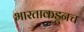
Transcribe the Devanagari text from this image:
भारताकडूनच